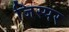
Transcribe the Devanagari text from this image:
जिस्पर